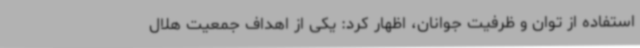
استفاده از توان و ظرفیت جوانان، اظهار کرد: یکی از اهداف جمعیت هلال